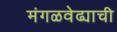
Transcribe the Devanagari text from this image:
मंगळवेढ्याची